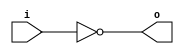
// Invert: Takes 1 input, performs NOT and assigns to output
module invert (input wire i, output wire o);
    assign o = !i;
endmodule

// And: Takes 2 inputs, performs AND and assigns result to output
module and2 (input wire i0, i1, output wire o);
  assign o = i0 & i1;
endmodule

// 2x1 multiplexor: Takes 2 inputs, assigns either first or second input to the output depending on j
module mux2x1 (input wire i0, i1, j, output wire o);
  assign o = (j==0)?i0:i1;
endmodule

// D Flip-Flop: Takes 1 input as well as clock, assigns input to output at each rising edge of clock
module d_flip_flop (input wire clk, in, output wire out);
  reg df_out;
  always@(posedge clk) df_out <= in;
  assign out = df_out;
endmodule

// D Flip-Flop with reset: Takes 1 input as well as clock and reset, when reset is active output is set to 0,
// otherwise 
module d_flip_flop_reset (input wire clk, reset, in, output wire out);
  wire reset_, df_in;
  invert invert_0 (reset, reset_);
  and2 and2_0 (in, reset_, df_in);
  d_flip_flop df_0 (clk, df_in, out);
endmodule

// D Flip-flop with reset and load: when load is active, the input is loaded into the flip-flop,
// otherwise it works the same as the D flip-flop with reset above.
module d_flip_flop_reset_and_load (input wire clk, reset, load, in, output wire out);
  wire _in;
  mux2x1 mux2_0(out, in, load, _in);
  d_flip_flop_reset dfr_1(clk, reset, _in, out);
endmodule